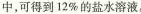
中，可得到12%的盐水溶液。